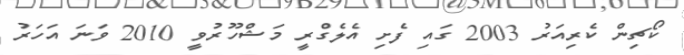
ކޯޗިން ކެރިއަރު 2003 ގައި ފެށި އެލެގްރީ މަޝްހޫރުވީ 2010 ވަނަ އަހަރު